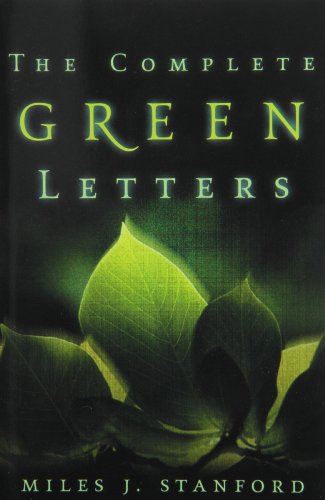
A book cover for Complete Green Letters, The; Miles J. Stanford; Christian Books & Bibles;